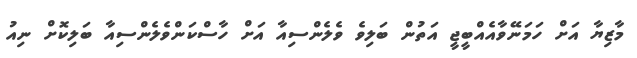
މާޒިޔާ އަށް ހަމަނޭވާއެއްބީޖީ އަތުން ބަލިވެ ވެލެންސިއާ އަށް ހާސްކަންވެލެންސިއާ ބަލިކޮށް ނިއު